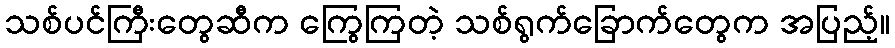
သစ်ပင်ကြီးတွေဆီက ကြွေကြတဲ့ သစ်ရွက်ခြောက်တွေက အပြည့်။